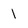
Character: 1